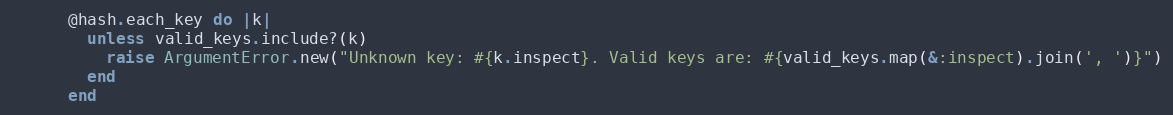
Language: Ruby
      @hash.each_key do |k|
        unless valid_keys.include?(k)
          raise ArgumentError.new("Unknown key: #{k.inspect}. Valid keys are: #{valid_keys.map(&:inspect).join(', ')}")
        end
      end